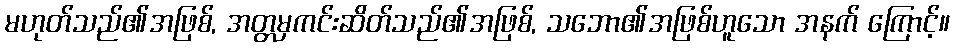
မဟုတ်သည်၏အဖြစ်, အတ္တမှကင်းဆိတ်သည်၏အဖြစ်, သဘော၏အဖြစ်ဟူသော အနက် ကြောင့်။